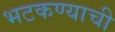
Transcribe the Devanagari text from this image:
भटकण्याची